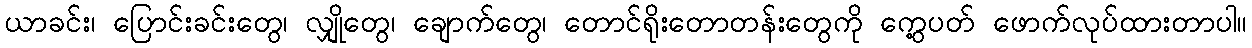
ယာခင်း၊ ပြောင်းခင်းတွေ၊ လျှိုတွေ၊ ချောက်တွေ၊ တောင်ရိုးတောတန်းတွေကို ကွေ့ပတ် ဖောက်လုပ်ထားတာပါ။